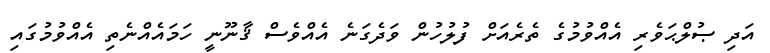
އަދި ޞުލްޙަވެރި އެއްވުމުގެ ތެރެއަށް ފުލުހުން ވަދެގަނެ އެއްވެސް ޤާނޫނީ ހަމައެއްނެތި އެއްވުމުގައި